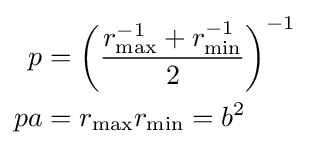
{\begin{aligned}p&=\left({\frac {r_{\max }^{-1}+r_{\min }^{-1}}{2}}\right)^{-1}\\pa&=r_{\max }r_{\min }=b^{2}\,\end{aligned}}